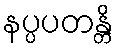
နပ္ပပတန္တိ